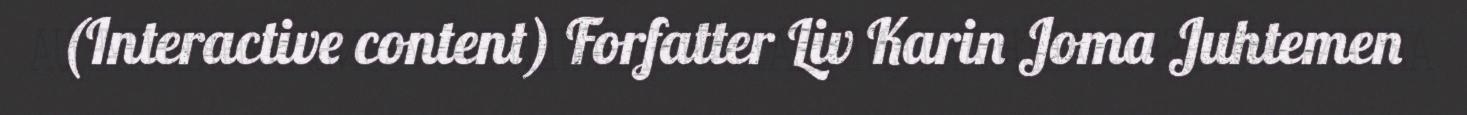
(Interactive content) Forfatter Liv Karin Joma Juhtemen